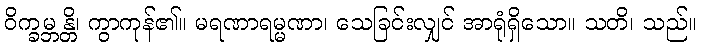
ဝိက္ခမ္ဘန္တိ၊ ကွာကုန်၏။ မရဏာရမ္မဏာ၊ သေခြင်းလျှင် အာရုံရှိသော။ သတိ၊ သည်။